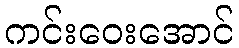
ကင်းဝေးအောင်